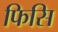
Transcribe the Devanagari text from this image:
फिसि